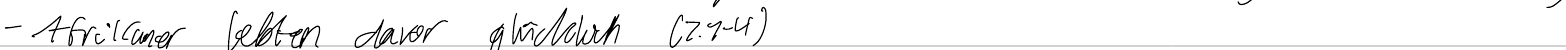
- Afrikaner lebten davor glücklich (Z.1-4)